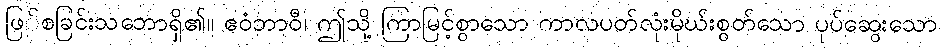
ဖြ်စခြင်းသဘောရှိ၏။ ဧဝံဘာဝီ၊ ဤသို့ ကြာမြင့်စွာသော ကာလပတ်လုံးမိုဃ်းစွတ်သော ပုပ်ဆွေးသော